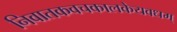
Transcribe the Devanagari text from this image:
निवातकवचकालकेयवधम्